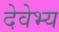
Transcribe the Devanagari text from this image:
देवेभ्य